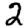
Digit: 2